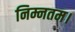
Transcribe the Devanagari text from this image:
निम्नतम।